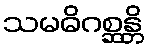
သမဓိဂစ္ဆန္တိ